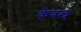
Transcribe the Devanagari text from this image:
केवल्